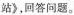
站》，回答问题。